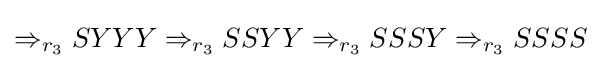
\Rightarrow _{r_{3}}SYYY\Rightarrow _{r_{3}}SSYY\Rightarrow _{r_{3}}SSSY\Rightarrow _{r_{3}}SSSS